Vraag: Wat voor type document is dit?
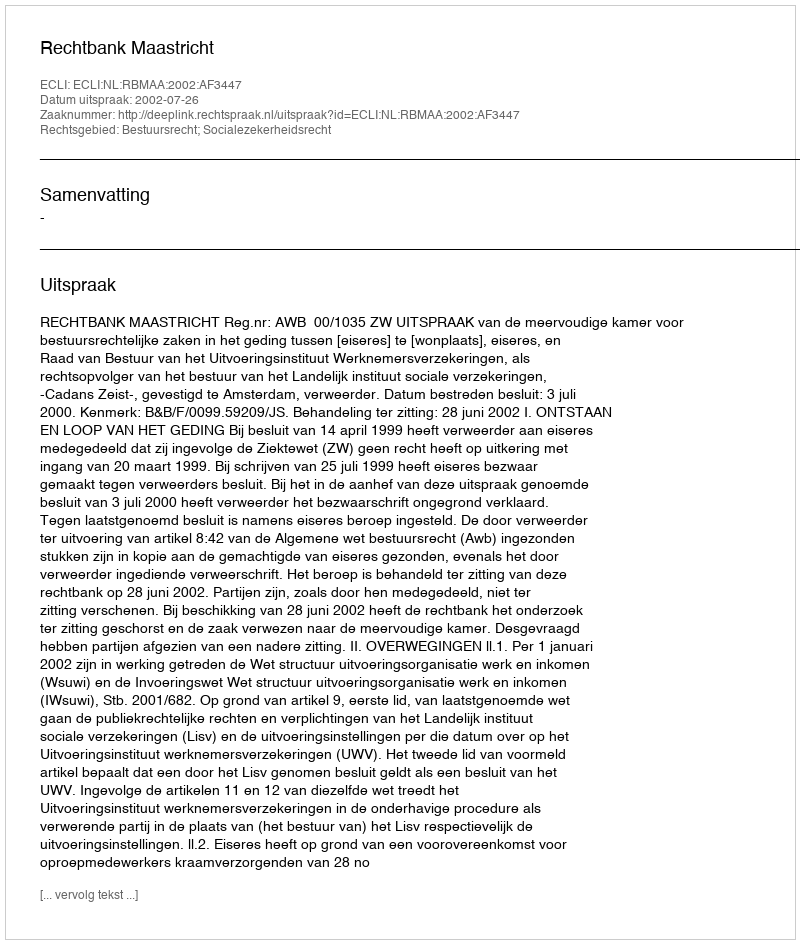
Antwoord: Uitspraak